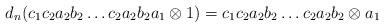
LaTeX: \begin{align*}d_n(c_1c_2a_2b_2 \dots c_2a_2b_2a_1 \otimes 1) = c_1c_2a_2b_2 \dots c_2a_2b_2 \otimes a_1\end{align*}